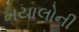
ખયાલોની